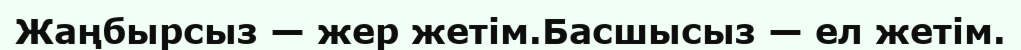
Жаңбырсыз — жер жетім.Басшысыз — ел жетім.